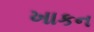
ખાકન